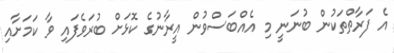
އެ ފަރާތްތަކުން ބުނަނީ މި އެއްބަސްވުން އީރާނުގެ ކޮޅަށް ބުރަވެފައި ވާ ކަމަށާއި